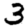
Digit: 3